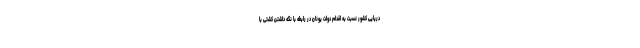
دریایی کشور نسبت به اقدام دولت یونان در رابطه با نگه داشتن کشتی با